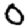
Digit: 0